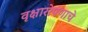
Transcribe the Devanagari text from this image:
वृक्षारोपणाचे